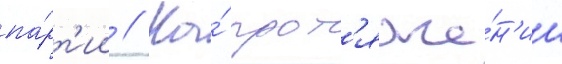
па́рт'ии // На́ прот'яже́н'ии